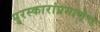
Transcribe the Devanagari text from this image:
पुरस्कारांप्रमाणेच